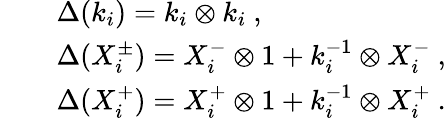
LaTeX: \begin{array}{rcl}{{}}&{{}}&{{\Delta(k_{i})=k_{i}\otimes k_{i}~,}}\\ {{}}&{{}}&{{\Delta(X_{i}^{\pm})=X_{i}^{-}\otimes 1+k_{i}^{-1}\otimes X_{i}^{-}~,}}\\ {{}}&{{}}&{{\Delta(X_{i}^{+})=X_{i}^{+}\otimes 1+k_{i}^{-1}\otimes X_{i}^{+}~.}}\end{array}